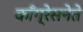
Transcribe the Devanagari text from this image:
काँग्रेसनेते